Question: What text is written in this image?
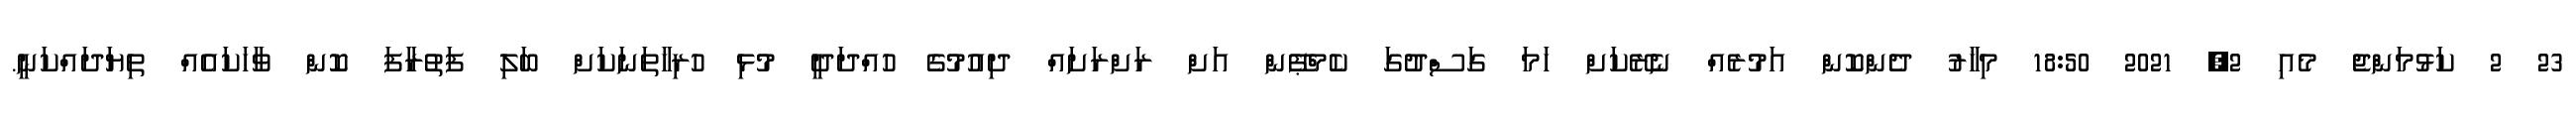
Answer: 23 2 ކަޅުމަންޖެ މެއި 2, 2021 18:50 މިހާރު ދެންކޮން އަމުރެއް ނެރޭކަށް ހަމަ ގަސްދުގަ ކެމްޕޭން އަށް ރަށްރަށައް ދިއުމުގެ ހުއްދަދީ މުޅި ހުރިހާތަނަކަށް ބަލި ފަތުރާފަ ކޮން ވާހަކައެއް ތިޔަދައްކަނީ.